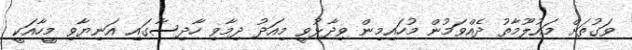
ވަގުތަށް މައުލޫމާތު ދެއްވަމުން މުހައިމިން ވިދާޅުވީ މިއަދު ދިމާވި ހާދިސާގައި އަނިޔާވި މީހާއަކީ